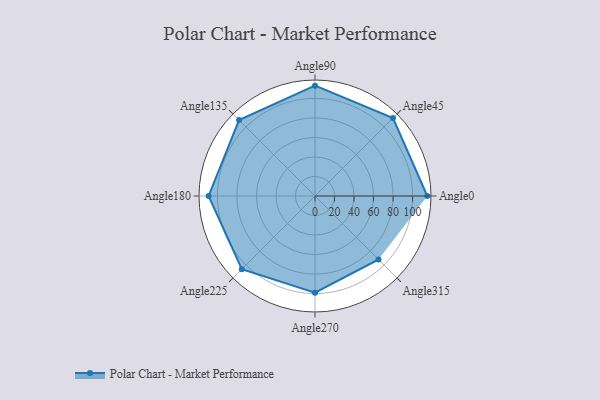
{"axis": {"x": "Angle", "y": "Radius"}, "legend": [""], "data": [{"x": "Angle0", "y": 115.0, "type": ""}, {"x": "Angle45", "y": 113.0, "type": ""}, {"x": "Angle90", "y": 113.0, "type": ""}, {"x": "Angle135", "y": 110.0, "type": ""}, {"x": "Angle180", "y": 109.0, "type": ""}, {"x": "Angle225", "y": 106.0, "type": ""}, {"x": "Angle270", "y": 99.0, "type": ""}, {"x": "Angle315", "y": 92.0, "type": ""}]}